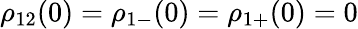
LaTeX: \rho_{12}(0)=\rho_{1-}(0)=\rho_{1+}(0)=0